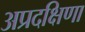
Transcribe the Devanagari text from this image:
अप्रदक्षिणा